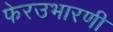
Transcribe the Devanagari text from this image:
फेरउभारणी